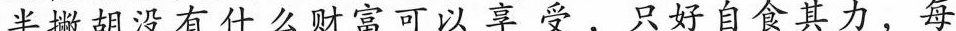
半撇胡没有什么财富可以享受，只好自食其力，每